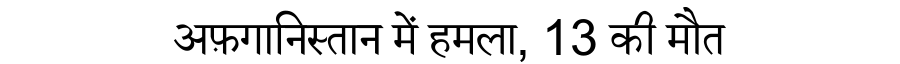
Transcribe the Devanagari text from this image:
अफ़गानिस्तान में हमला, 13 की मौत